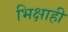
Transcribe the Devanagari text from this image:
भिक्षाही